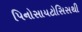
પિનોસાયટોસિસથી